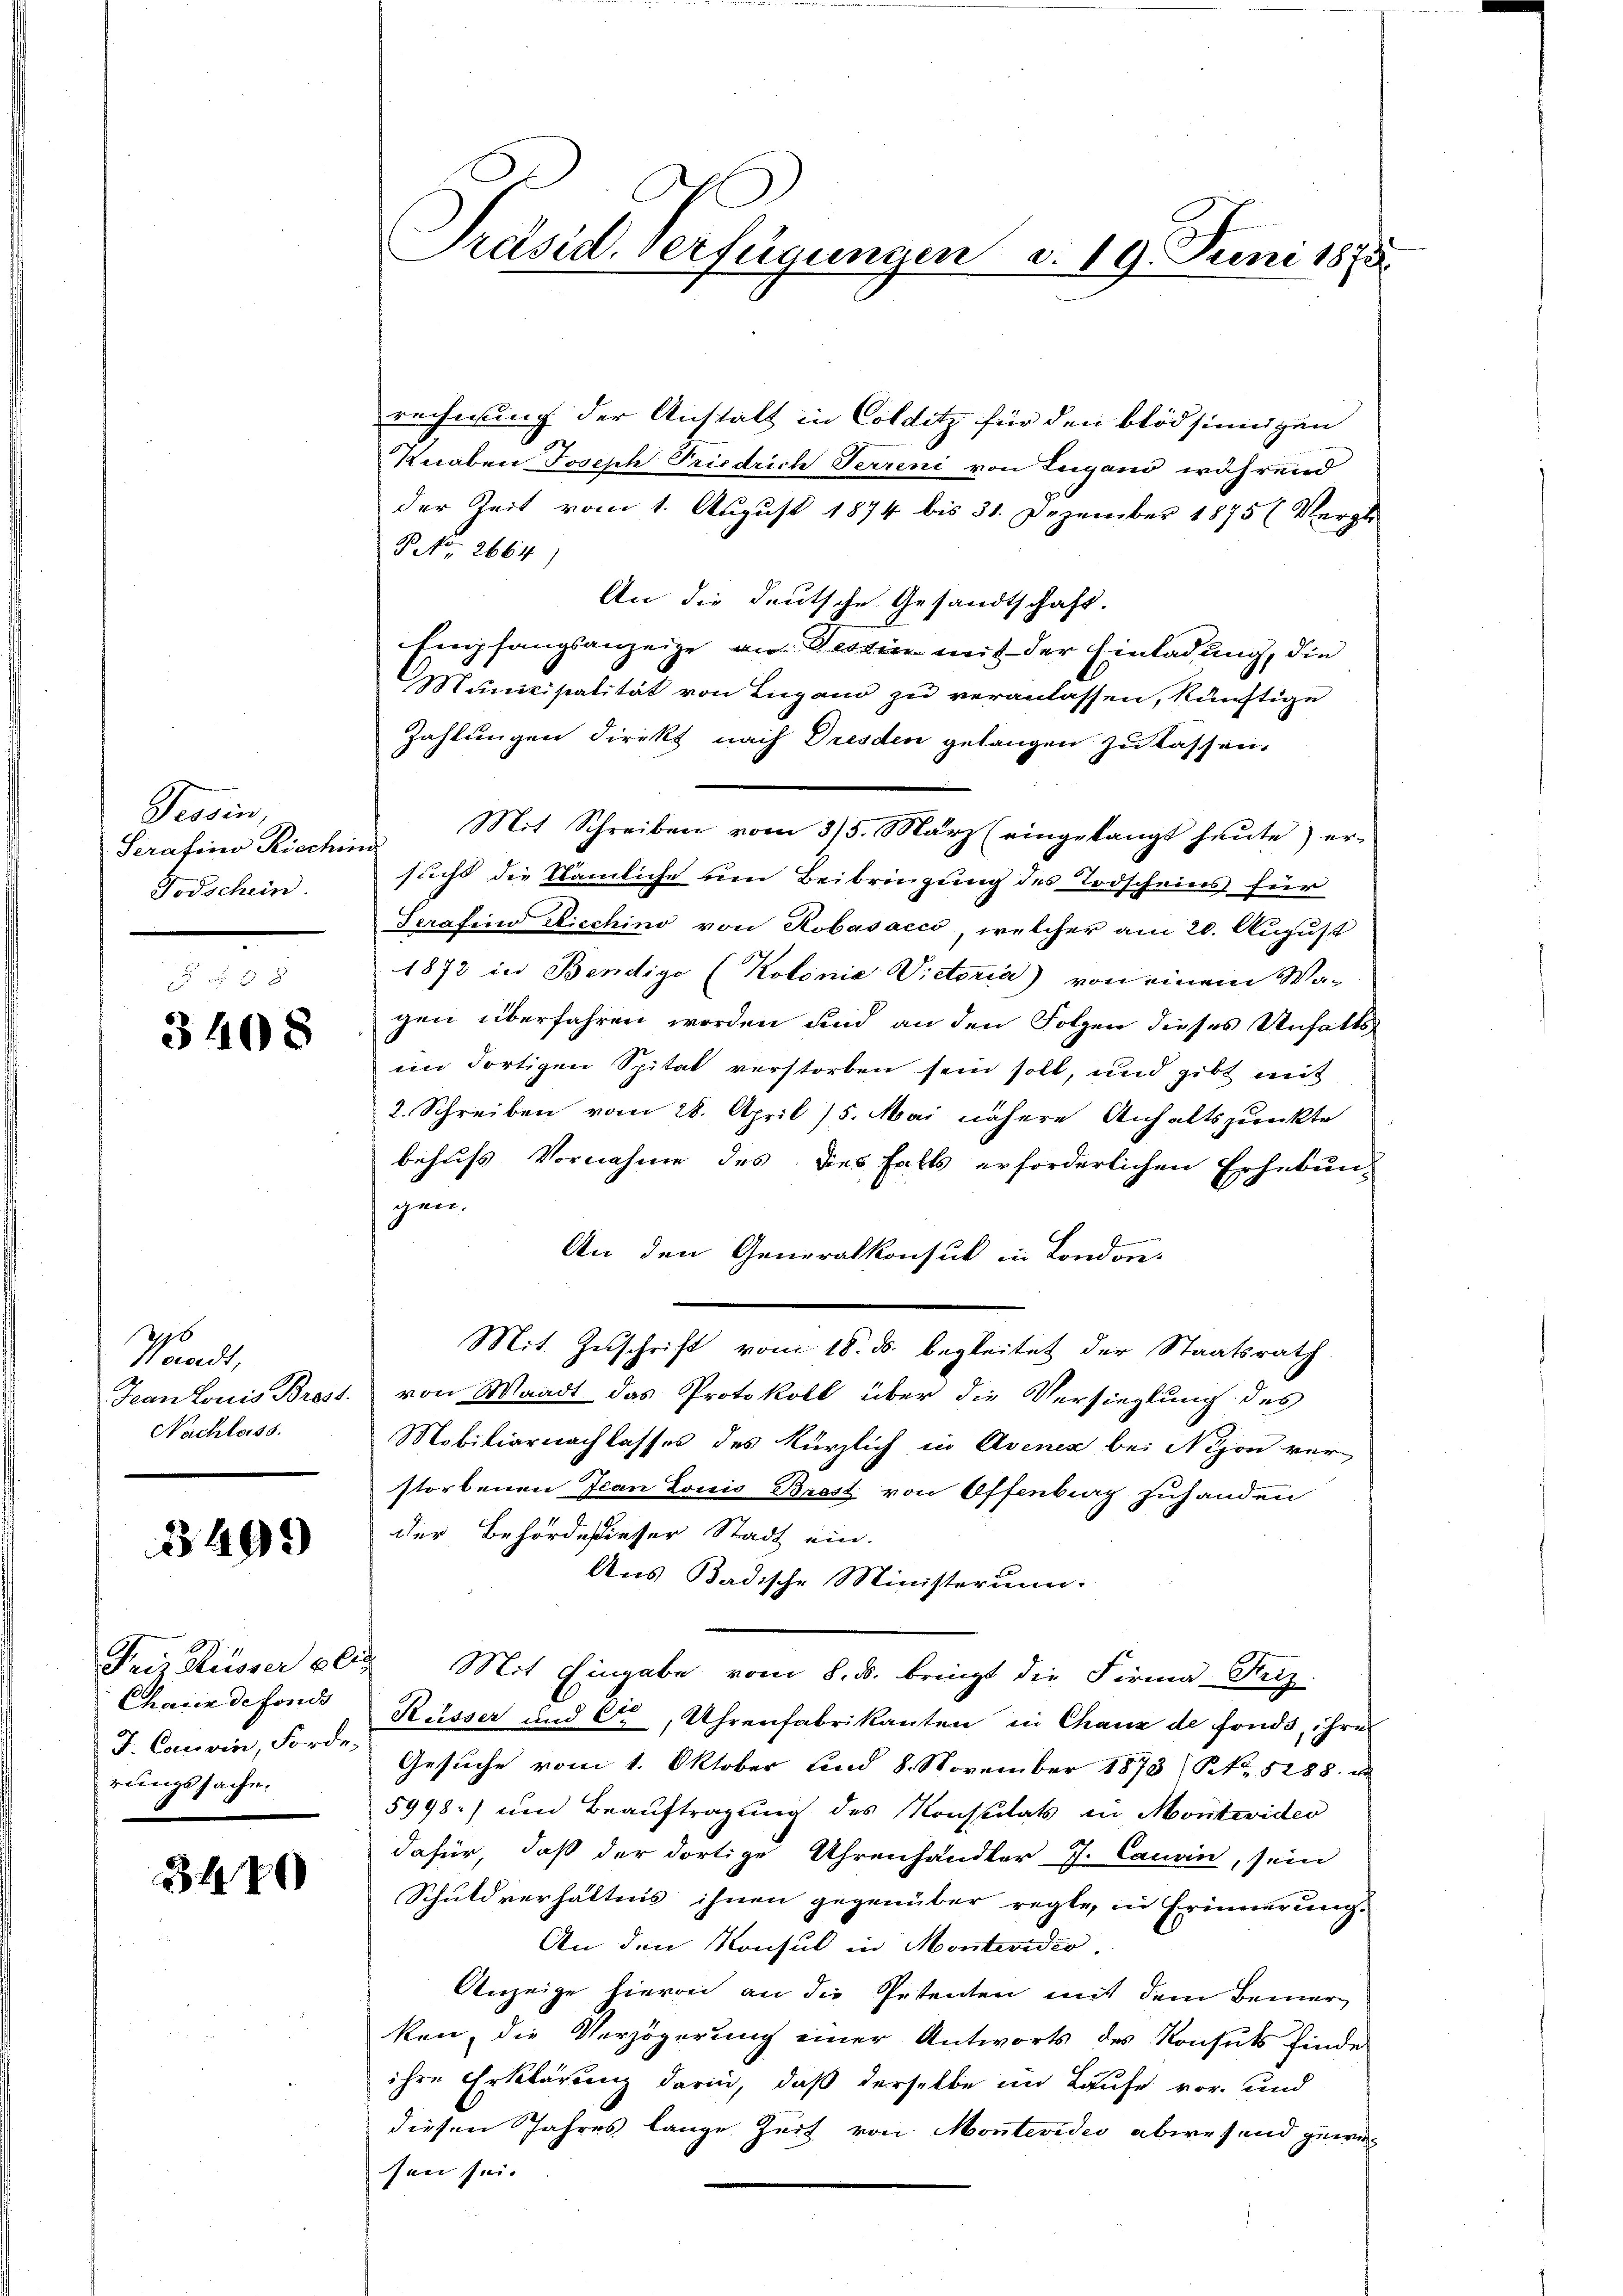
Provin
Serasino Riechin
Todschein.

3408

1296
Haedt,
Jean Louis Brost.
Nachloss

3499

Preis Küsser al
Chaser de fonds
J. Cousin, Forde.
rungssache.

340

Präsid. Verfügungen d. 19. Juni 1872

rechnung der Anstalt in Colditz für den blödsinnigen
Knaben Joseph Friedrich Terreni von Lugano während
der Zeit vom 1. August 1874 bis 31. Dezember 1875 (Vergl
P No. 2664)
An die deutsche Gesandtschaft.
Empfangsanzeige an Bester mit der Einladung, die
Municipalität von Lugano zu veranlassen, künftige
Zahlungen direkt nach Dresden gelangen zu lassen,
Mit Schreiben vom 3/5. März (eingelangt heute) er-
sucht die Nämliche um Beibringung des Todscheins für
Serafino Riechino von Robasacco, welcher am 20. August
1873 in Bendigo (Kolonia Victoria) von einem Wagen überfahren worden und an den Folgen dieses Unhaltsiin Fortigen Spital verstorben sein soll, und gibt mit
2. Schreiben vom 28. April 15. Mai nähere Anhaltspunkte
behufs Vornahme des Dies falls erforderlichen Erhebungen.
An den Generalkonsul in London.
Mit Zuschrift vom 18. ds. begleitet der Staatsrath
von Waadt das Protokoll über die Versieglung des
Mobiliarnachlasses des kürzlich in Avener bei Nixon verstorbenen Ican Louis Brest von Offenburg zuhanden
der Behörde dieser Stadt ein.
Aus Badische Ministerium.
" Mit Eingabe vom 8. d. bringt die Firma Heiz
Küsser und C, Uhrenfabrikanton in Chaux de fonds, ihres
Gesuche vom 1. Oktober und 8. November 1873 (NNo. 5288. i
5998.) und Beauftragung des Konsulats in Montevideo
dafür, daß der dortige Uhrenhändler J. Candin, sein
Schuldverhältnis ihnen gegenüber regte, in Erinnerung.
An den Konsul in Montevider.
Anzeige hievon an die Petenten mit dem Bemerken, die Verzögerung einer Antworts des Konsuts finde
ihre Erklärung darin, daß derselbe im Laufe vor- und
diesen Jahres lange Zeit von Montevideo abwesend gewir
sen sei.